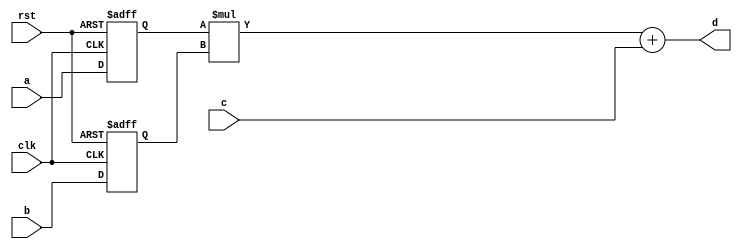
module conf_int_mac__noFF__arch_agnos( clk, rst, a, b, c, d
 );

//--- parameters
//parameter BT_RND = 0
parameter OP_BITWIDTH = 16; //operator bit width
parameter DATA_PATH_BITWIDTH = 16; //flip flop Bit width

//--- input,outputs
input clk;
input rst;
input [DATA_PATH_BITWIDTH -1:0] a;
input [DATA_PATH_BITWIDTH-1:0] b;
input [DATA_PATH_BITWIDTH-1:0] c;
output [DATA_PATH_BITWIDTH-1:0] d;

reg [DATA_PATH_BITWIDTH -1:0] a_reg;
reg [DATA_PATH_BITWIDTH-1:0] b_reg;


always @(posedge clk or negedge rst)
begin
  if (~rst)
  begin
      a_reg <= 0;
      b_reg <= 0;
  end
  else
  begin
      a_reg <= a;
      b_reg <= b;
  end
end


//--- no flop design
assign  d = (a_reg * b_reg) + c;

endmodule


module conf_int_mac__noFF__arch_agnos__w_wrapper_minus_1 ( clk, rst, a, b, c, d
);

//--- parameters
//parameter BT_RND = 0
parameter OP_BITWIDTH = 16; //operator bit width
parameter DATA_PATH_BITWIDTH = 16; //flip flop Bit width


//--- input,outputs
input [DATA_PATH_BITWIDTH -1:0] a;
input [DATA_PATH_BITWIDTH-1:0] b;
reg [DATA_PATH_BITWIDTH-1:0] c_reg;
input [DATA_PATH_BITWIDTH-1:0] c;
output [DATA_PATH_BITWIDTH-1:0] d;
wire [DATA_PATH_BITWIDTH-1:0] d_internal;
input clk;
input rst;


always @(posedge clk or negedge rst)
begin
  if (~rst)
  begin
      c_reg <= 0;
  end
  else
  begin
      c_reg <= d_internal; 
  end
end

assign d = c_reg;

conf_int_mac__noFF__arch_agnos #(DATA_PATH_BITWIDTH, OP_BITWIDTH) mac(.clk(clk), .rst(rst), .a(a), .b(b), .c(c),
    .d(d_internal));

endmodule 


module conf_int_mac__noFF__arch_agnos__w_wrapper ( clk, rst, a, b, d
);

//--- parameters
//parameter BT_RND = 0
parameter OP_BITWIDTH = 16; //operator bit width
parameter DATA_PATH_BITWIDTH = 16; //flip flop Bit width


//--- input,outputs
input [DATA_PATH_BITWIDTH -1:0] a;
input [DATA_PATH_BITWIDTH-1:0] b;
//wire [DATA_PATH_BITWIDTH-1:0] c; // synopsys keep_signal_name "c"
output [DATA_PATH_BITWIDTH-1:0] d;


//assign c = d; 
//assign c = {d[Pn:0], Pn'b0};


input clk;
input rst;

conf_int_mac__noFF__arch_agnos__w_wrapper_minus_1 #(DATA_PATH_BITWIDTH, OP_BITWIDTH) my_mac(.clk(clk), .rst(rst), .a(a), .b(b), .c(d),
    .d(d));

endmodule